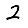
Digit: 2